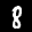
Label: 8